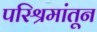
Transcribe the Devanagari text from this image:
परिश्रमांतून